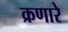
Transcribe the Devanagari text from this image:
क्रणारे